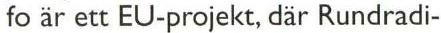
fo är ett EU-projekt, där Rundradi-